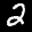
Label: 2